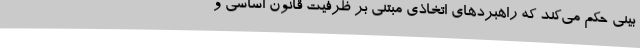
بینی حکم می‌کند که راهبرد‌های اتخاذی مبتنی بر ظرفیت قانون اساسی و